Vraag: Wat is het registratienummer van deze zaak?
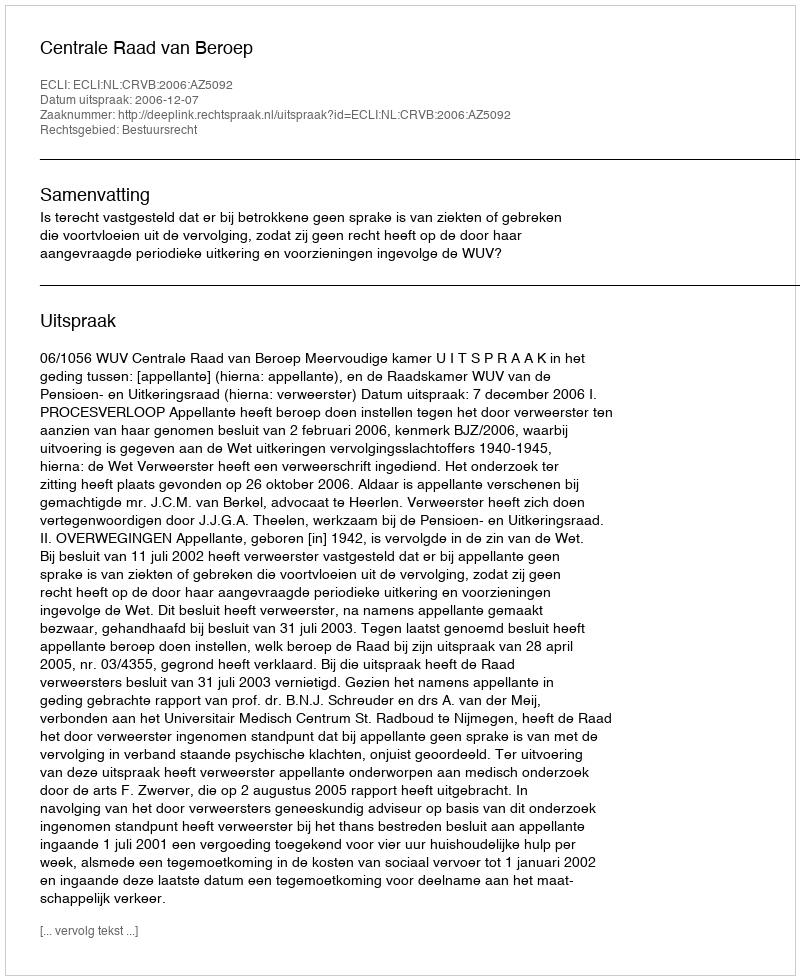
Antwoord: http://deeplink.rechtspraak.nl/uitspraak?id=ECLI:NL:CRVB:2006:AZ5092